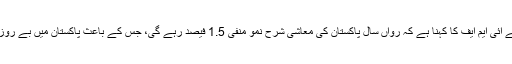
ورلڈ اکنامک آؤٹ لک رپورٹ جاری کرتے ہوئے آئی ایم ایف کا کہنا ہے کہ رواں سال پاکستان کی معاشی شرح نمو منفی 1.5 فیصد رہے گی، جس کے باعث پاکستان میں بے روزگاری اگلے دو سال مسلسل بڑھنے کا خدشہ ہے۔